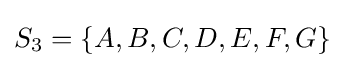
S_{3}=\{A,B,C,D,E,F,G\}